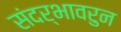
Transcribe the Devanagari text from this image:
संदर्भावरुन